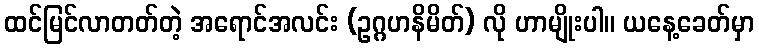
ထင်မြင်လာတတ်တဲ့ အရောင်အလင်း (ဥဂ္ဂဟနိမိတ်) လို ဟာမျိုးပါ။ ယနေ့ခေတ်မှာ